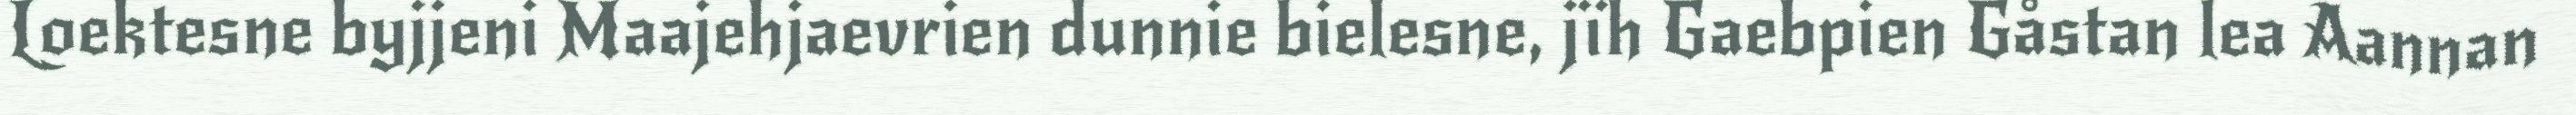
Loektesne byjjeni Maajehjaevrien dunnie bielesne, jïh Gaebpien Gåstan lea Aannan